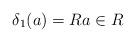
LaTeX: \begin{align*} \delta_{1}(a) =Ra\in R\end{align*}